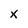
Character: x